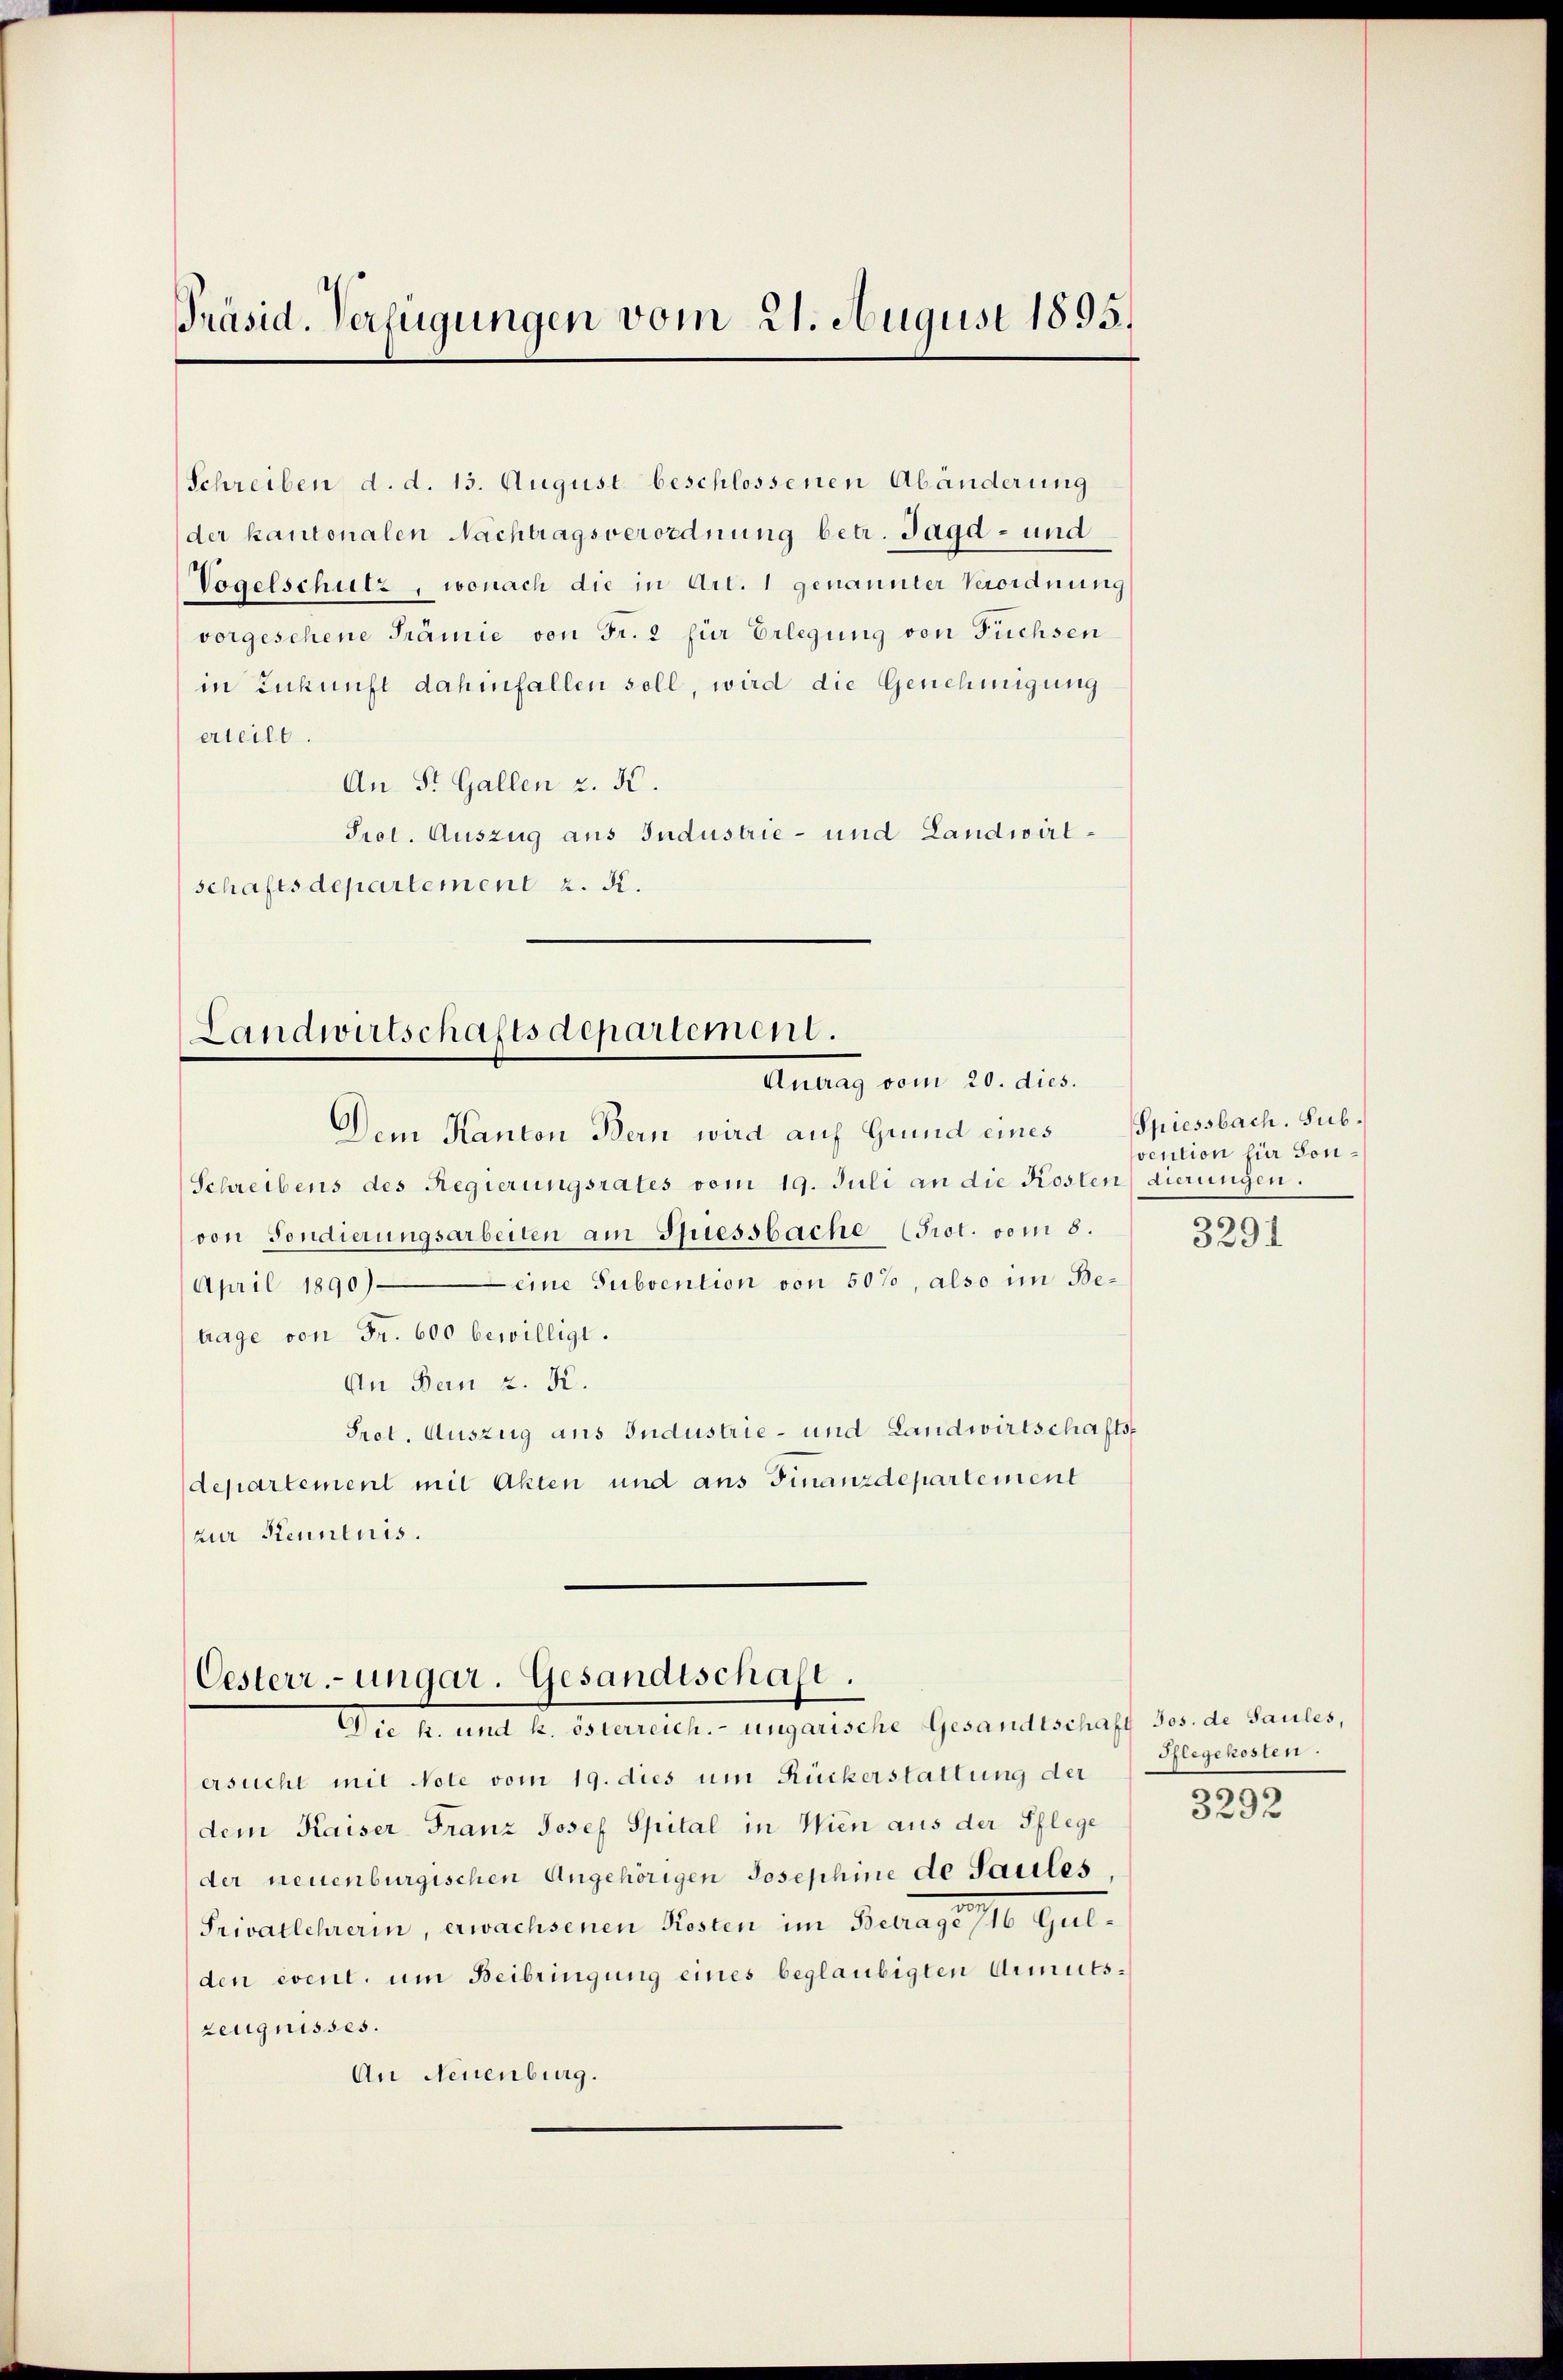
Präsid. Verfügungen vom 21. August 1895.

Schreiben d. d. 15. August beschlossenen Abänderung
der kantonalen Nachtragsverordnung betr. Jagd- und
Vogelschutz, wonach die in Art. 1 genannter Verordnung
vorgesehene Trämie von Fr. 2 für Erlegung von Füchsen
in Zukunft dahinfallen soll, wird die Genehmigung
erteilt.
An St. Gallen z. K.
Prot. Auszug aus Industrie- und Landwirtschaftsdepartement z. B.

Landwirtschaftsdepartement.
Antrag vom 20. dies.

Schreibens des Regierungsrates vom 19. Juli an die Kosten dierungen.
von Sondierungsarbeiten am Spiessbache Prot. vom 5.
April 1890 eine Subvention von 50%, also im Be-
tage von Fr. 600 bewilligt.
An Bern z. K.
Prot. Auszug aus Industrie- und Landwirtschafts-
departement mit Akten und aus Finanzdepartement
zur Kenntnis.

Dem Kanton Bern wird auf Grund eines Spiessbach. Sub¬

Oesterr.-ungar. Gesandtschaft.
Die h. mit Hr. Ostersteht. - Eingarische Gesandtschaft der der Baues,

vention für Sono
5291

ersucht mit Note vom 19. dies um Rückerstattung der
dem Kaiser Franz Josef Spital in Wien aus der Pflege
der neuenburgischen Angehörigen Josephine de Saules
e
Privatlehrerin, erwachsenen Kosten im Betrage 16 Gulden event. um Beibringung eines beglaubigten Armutszeugnisses.
An Neuenburg.

Pflegekosten.
3292